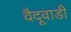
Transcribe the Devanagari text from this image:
वैदूवाडी